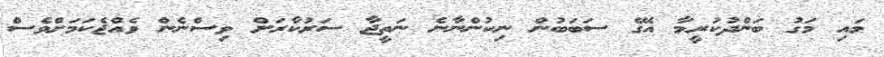
މައި މަގު ބަންދުކުރީމާ އޭގެ ސަބަބުން ނިކުންނާނެ ނަތީޖާ ސަރުކާރަށް ވިސްނެން ވެއްޖެކަމަށްވެސް